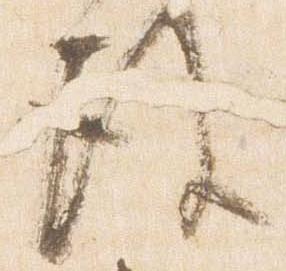
後